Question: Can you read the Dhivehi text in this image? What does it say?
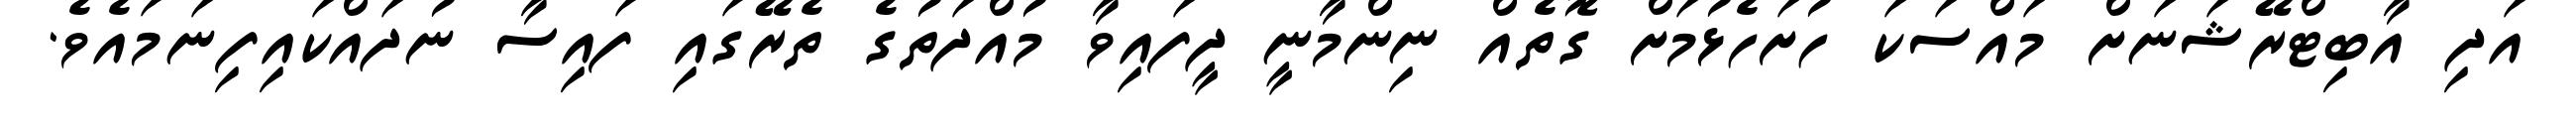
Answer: އަދި އާބިޓްރޭޝަނަށް މައްސަކަ ހުށަހެޅުމަށް ގޮތެއް ނިންމާނީ ދީފައިވާ މުއްދަތުގެ ތެރޭގައި ފައިސާ ނުދައްކައިފިނަމައެވެ.